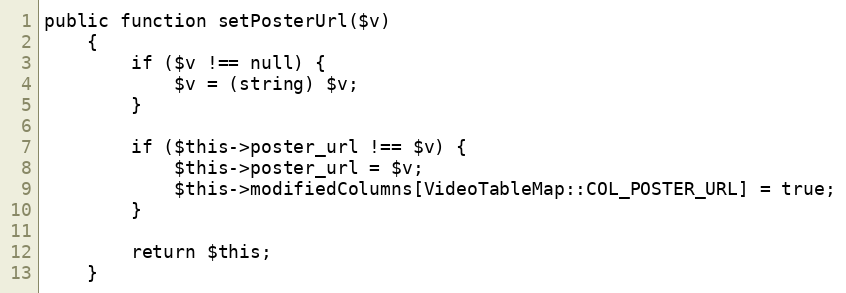
Language: PHP
public function setPosterUrl($v)
    {
        if ($v !== null) {
            $v = (string) $v;
        }

        if ($this->poster_url !== $v) {
            $this->poster_url = $v;
            $this->modifiedColumns[VideoTableMap::COL_POSTER_URL] = true;
        }

        return $this;
    }